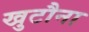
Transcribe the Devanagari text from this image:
खुटौना